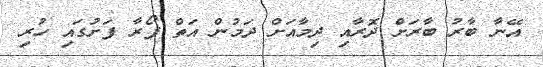
އޭނާ ބާރު ބާރަށް ދޮރާއި ދިމާއަށް ދަމުން އަތް ފޯރާ ފަށުގައި ހުރި